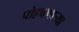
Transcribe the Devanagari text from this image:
पोहचणाऱ्या